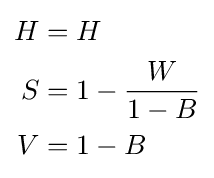
{\begin{aligned}H&=H\\S&=1-{\frac {W}{1-B}}\\V&=1-B\end{aligned}}